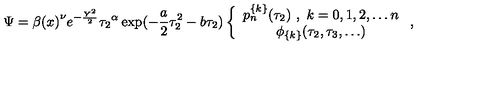
\Psi = { \beta ( x ) } ^ { \nu } e ^ { - \frac { Y ^ { 2 } } { 2 } } { \tau _ { 2 } } ^ { \alpha } \exp ( - \frac { a } { 2 } \tau _ { 2 } ^ { 2 } - b \tau _ { 2 } ) \left\{ \begin{array} { c } { p _ { n } ^ { \{ k \} } ( \tau _ { 2 } ) \ , \ k = 0 , 1 , 2 , \ldots n } \\ { \phi _ { \{ k \} } ( \tau _ { 2 } , \tau _ { 3 } , \ldots ) } \\ \end{array} \ , \right.